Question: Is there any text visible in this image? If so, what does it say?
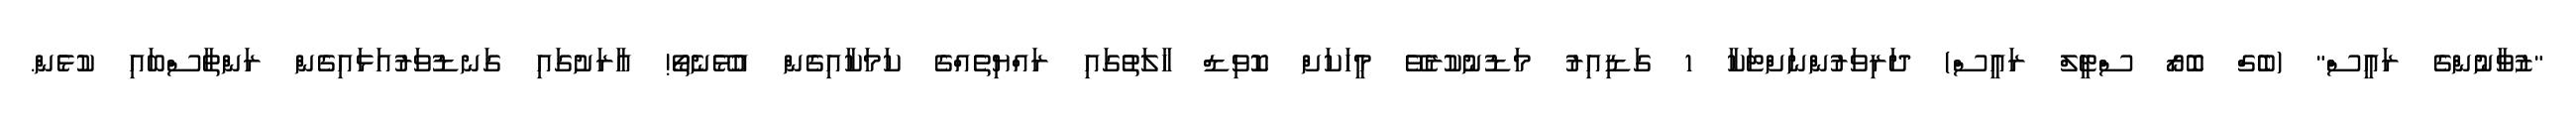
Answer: "ޒުވާނުންގެ ރައީސް" (ބެގް ބޮރޯ ސްޓީލް ރައީސް) ދަރިވަރުންނަށްޓަކާ 1 ގަޑިއިރު މަޑުނުކުރެވޭ މީހަކަށް ކޮވިޑް ހާލަތުގައި ރައްޔިތެއްގެ ކަމަކާއިގެން އުޅޭނެތޯ! އާރަށުގައި ގަނޑުވަރުއަޅައިގެން ރަންތާސްބައި ކުޅެން.